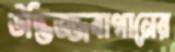
উদ্ভিজ্জবাগানের